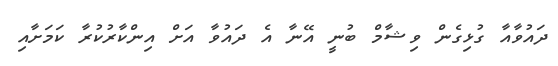
ދައުވާއާ ގުޅިގެން ވިޝާމް ބުނީ އޭނާ އެ ދައުވާ އަށް އިންކާރުކުރާ ކަމަށާއި